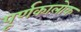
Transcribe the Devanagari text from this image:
पूर्णकालोक